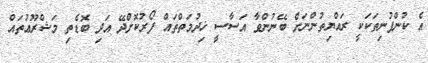
އެ ކުންފުނިތަކަކީ ރައްޔިތުންނަށް ބޭނުންވާ އަސާސީ ޚިދުމަތްތައް ފޯރުކޮށްދޭ އަދި ބޮޑެތި މަޝްރޫޢުތައް